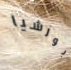
بورشيا